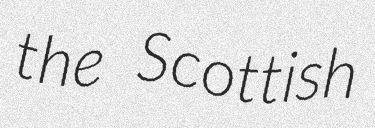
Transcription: the Scottish